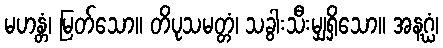
မဟန္တံ၊ မြတ်သော။ တိပုသမတ္တံ၊ သခွါးသီးမျှရှိသော။ အနဂ္ဃံ၊